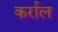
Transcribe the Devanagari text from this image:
कर्राल